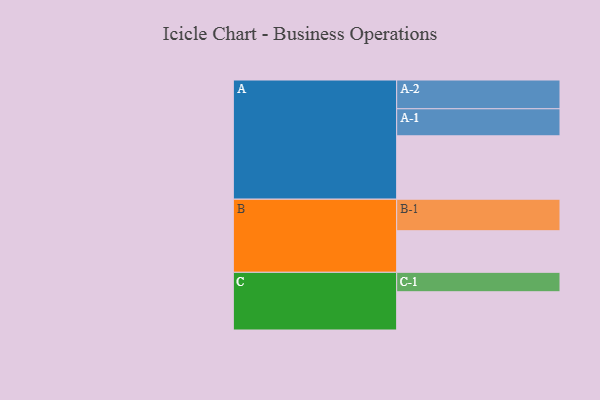
{"axis": {"x": "Segment", "y": "Value"}, "legend": ["", "A", "B", "C"], "data": [{"x": "A", "y": 509, "type": ""}, {"x": "B", "y": 334, "type": ""}, {"x": "C", "y": 307, "type": ""}, {"x": "A-1", "y": 217, "type": "A"}, {"x": "A-2", "y": 231, "type": "A"}, {"x": "B-1", "y": 253, "type": "B"}, {"x": "C-1", "y": 156, "type": "C"}]}